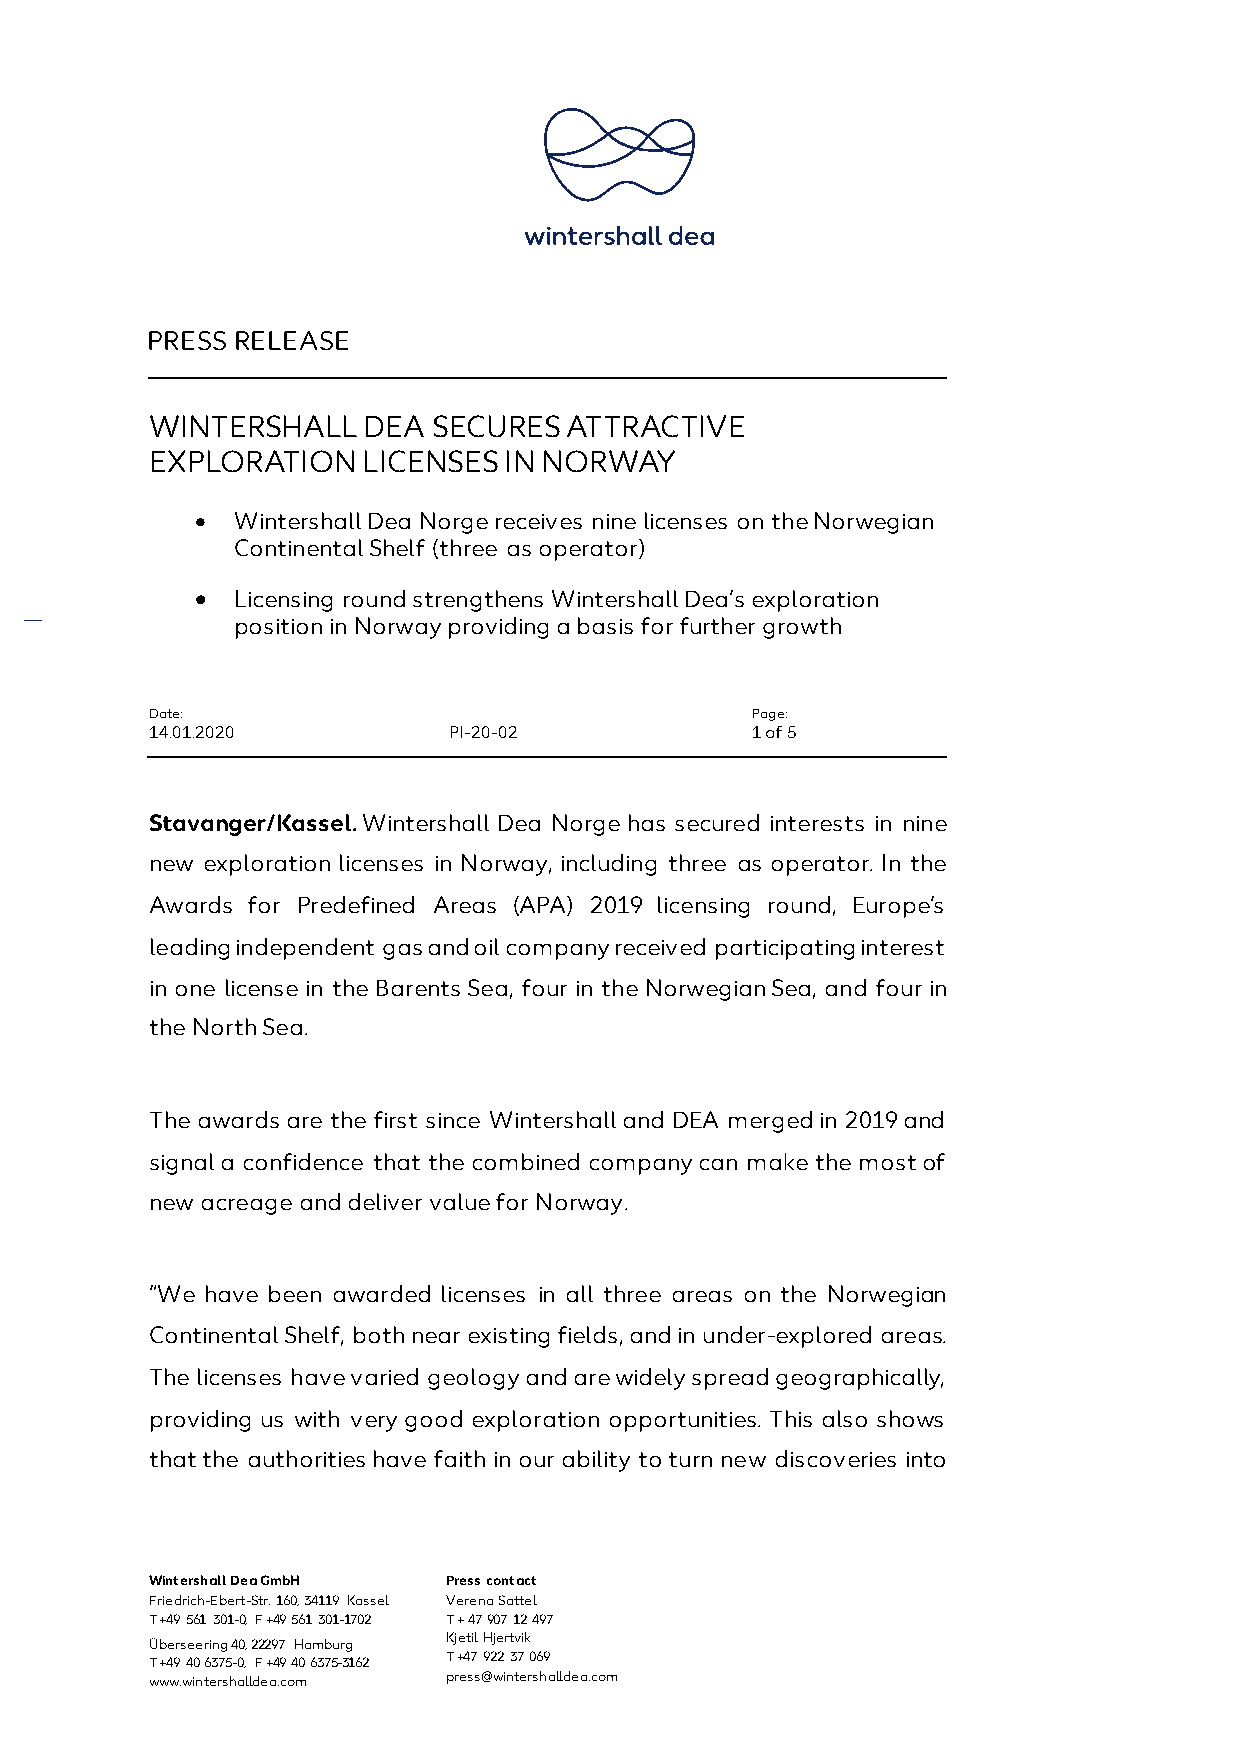
PRESS RELEASE
 WINTERSHALL   DEA  SECURES ATTRACTIVE
 EXPLORATION   LICENSES IN NORWAY
 • Wintershall Dea Norge receives nine licenses on the Norwegian
 Continental Shelf (three as operator)
 • Licensing round strengthens Wintershall Dea’s exploration
 position in Norway providing a basis for further growth
 Date:                                   Page:
 14.01.2020          PI-20-02            1 of 5
 Stavanger/Kassel. Wintershall Dea Norge has secured interests in nine
 new exploration licenses in Norway, including three as operator. In the
 Awards for Predefined Areas (APA) 2019 licensing round, Europe’s
 leading independent gas and oil company received participating interest
 in one license in the Barents Sea, four in the Norwegian Sea, and four in
 the North Sea.
 The awards are the first since Wintershall and DEA merged in 2019 and
 signal a confidence that the combined company can make the most of
 new acreage and deliver value for Norway.
 “We have been awarded licenses in all three areas on the Norwegian
 Continental Shelf, both near existing fields, and in under-explored areas.
 The licenses have varied geology and are widely spread geographically,
 providing us with very good exploration opportunities. This also shows
 that the authorities have faith in our ability to turn new discoveries into
 Wintershall Dea GmbH P ress contact
 Friedrich-Ebert-Str. 160, 34119 Kassel Verena Sattel
 T +49 561 301-0, F +49 561 301-1702 T + 47 907 12 497
 Kjetil Hjertvik
 Überseering 40, 22297 Hamburg
 T +47 922 37 069
 T +49 40 6375-0, F +49 40 6375-3162
 www.wintershalldea.com press@wintershalldea.com